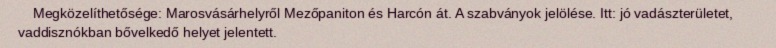
Megközelíthetősége: Marosvásárhelyről Mezőpaniton és Harcón át. A szabványok jelölése. Itt: jó vadászterületet, vaddisznókban bővelkedő helyet jelentett.